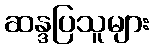
ဆန္ဒပြသူများ